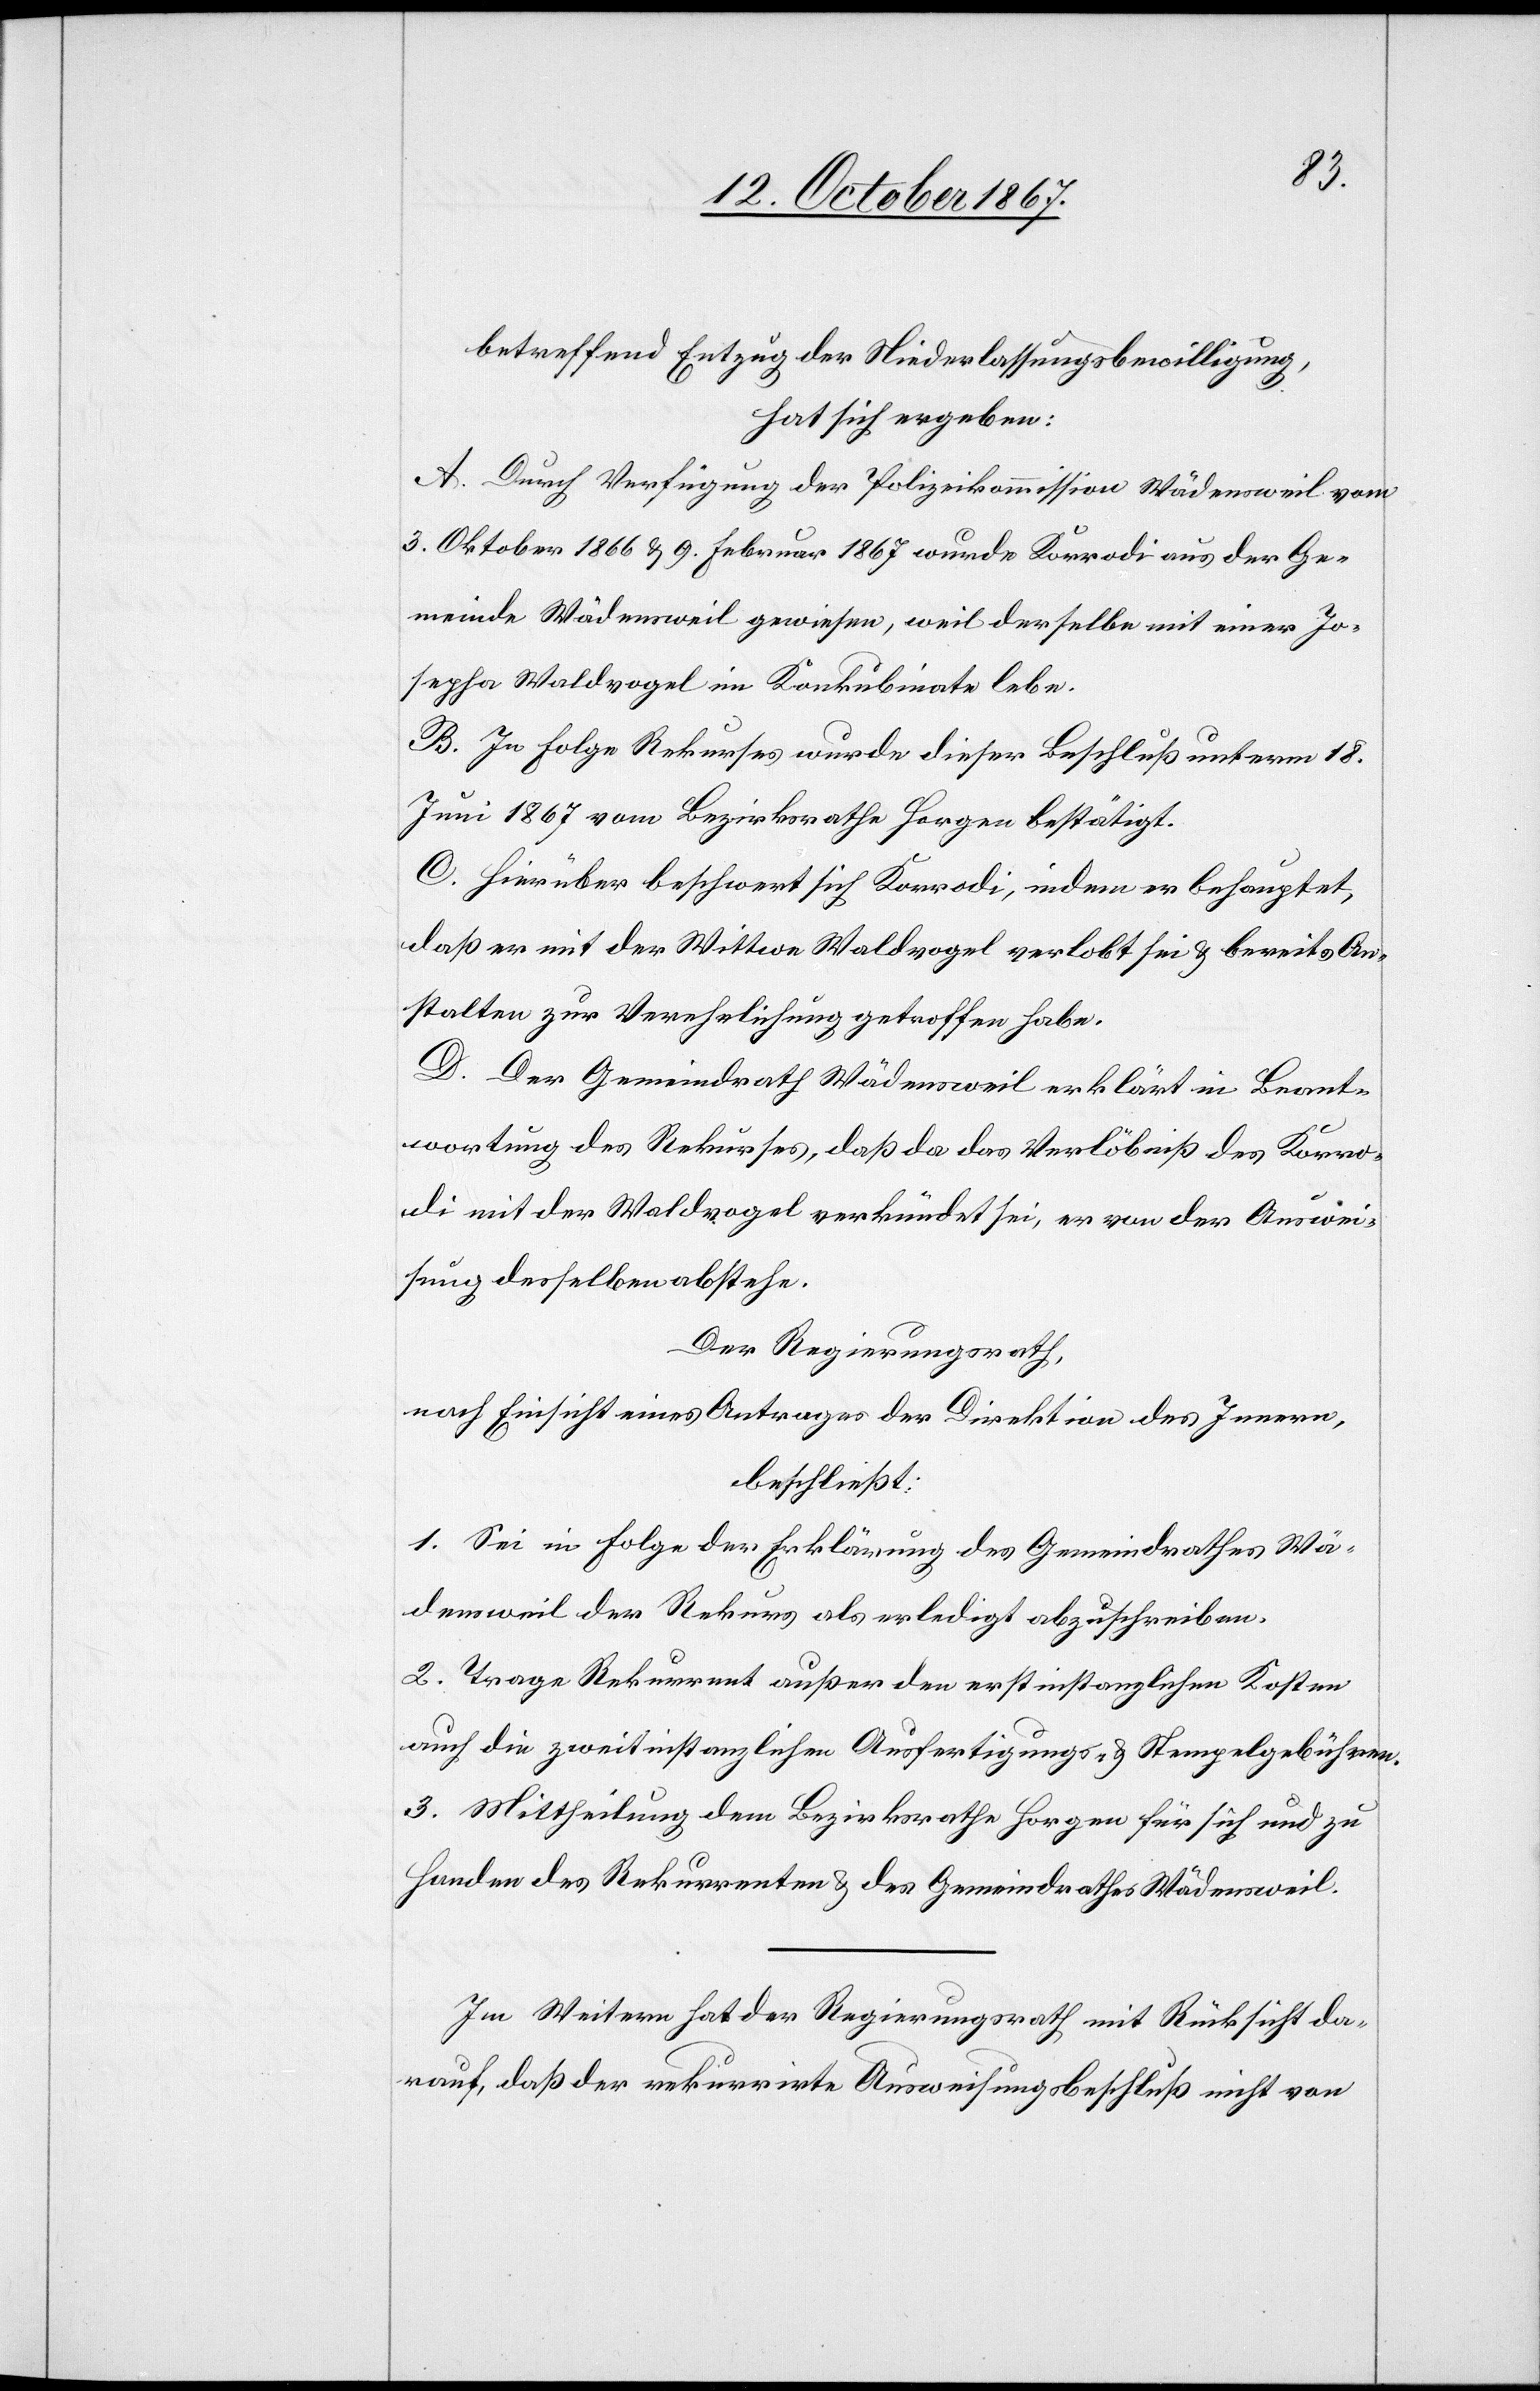
betreffend Entzug der Niederlassungsbewilligung,
hat sich ergeben:
A. Durch Verfügung der Polizeikommission Wädensweil vom
3. Oktober 1866 u. 9. Februar 1867 wurde Korrodi aus der Ge¬
meinde Wädensweil gewiesen, weil derselbe mit einer Jo¬
sepha Waldvogel im Konkubinat lebe.
B. In Folge Rekurses wurde dieser Beschluß unterm 18.
Juni 1867 vom Bezirksrathe Horgen bestätigt.
C. Hierüber beschwert sich Korrodi, indem er behauptet,
daß er mit der Wittwe Waldvogel verlobt sei u. bereits An¬
stalten zur Verehelichung getroffen habe.
D. Der Gemeindrath Wädensweil erklärt in Beant¬
wortung des Rekurses, daß das das Verlöbniß des Korro¬
di mit der Waldvogel verkündet sei, er von der Auswei¬
sung desselben abstehe.
Der Regierungsrath,
nach Einsicht eines Antrages der Direktion des Innern,
beschließt:
1. Sei in Folge der Erklärung des Gemeindrathes Wä¬
densweil der Rekurs als erledigt abzuschreiben.
2. Trage Rekurrent außer den erstinstanzlichen Kosten
auch die zweitinstanzlichen Ausfertigungs- u. Stempelgebühren.
3. Mittheilung dem Bezirksrathe Horgen für sich und zu
Handen des Rekurrenten u. des Gemeindrathes Wädensweil.
Im Weitern hat der Regierungsrath mit Rücksicht da¬
rauf, daß der rekurrirte Ausweisungsbeschluß nicht von